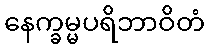
နေက္ခမ္မပရိဘာဝိတံ